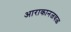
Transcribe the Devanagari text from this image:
आराकानजवळ